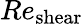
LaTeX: Re_{\mathrm{shear}}